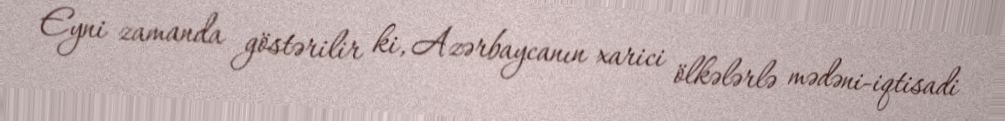
Eyni zamanda göstərilir ki, Azərbaycanın xarici ölkələrlə mədəni-iqtisadi